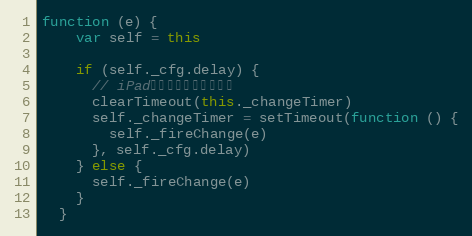
Language: JavaScript
function (e) {
    var self = this

    if (self._cfg.delay) {
      // iPad打开键盘时旋转比较慢
      clearTimeout(this._changeTimer)
      self._changeTimer = setTimeout(function () {
        self._fireChange(e)
      }, self._cfg.delay)
    } else {
      self._fireChange(e)
    }
  }